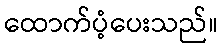
ထောက်ပံ့ပေးသည်။